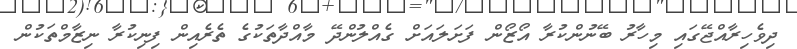
ދިވެހިރާއްޖޭގައި މިހާރު ބޭނުންކުރާ އޯޒޯން ފަށަލައަށް ގެއްލުންދޭ މާއްދާތަކުގެ ތެރެއިން ފިނިކުރާ ނިޒާމްތަކުން